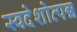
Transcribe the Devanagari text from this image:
स्वदेशोत्पन्न